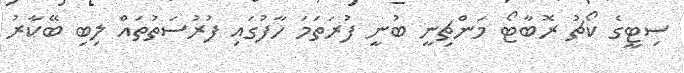
ސިޓީގެ ކޯޗު ރޮބާޓޯ މަންޗިނީ ބުނީ ފުރަތަމަ ހާފުގައި ފުރުސަތުތައް ލިބި ބޭކާރު